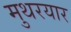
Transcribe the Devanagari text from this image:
मुथरयार